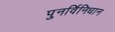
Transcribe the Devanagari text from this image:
पुनर्विनिधान